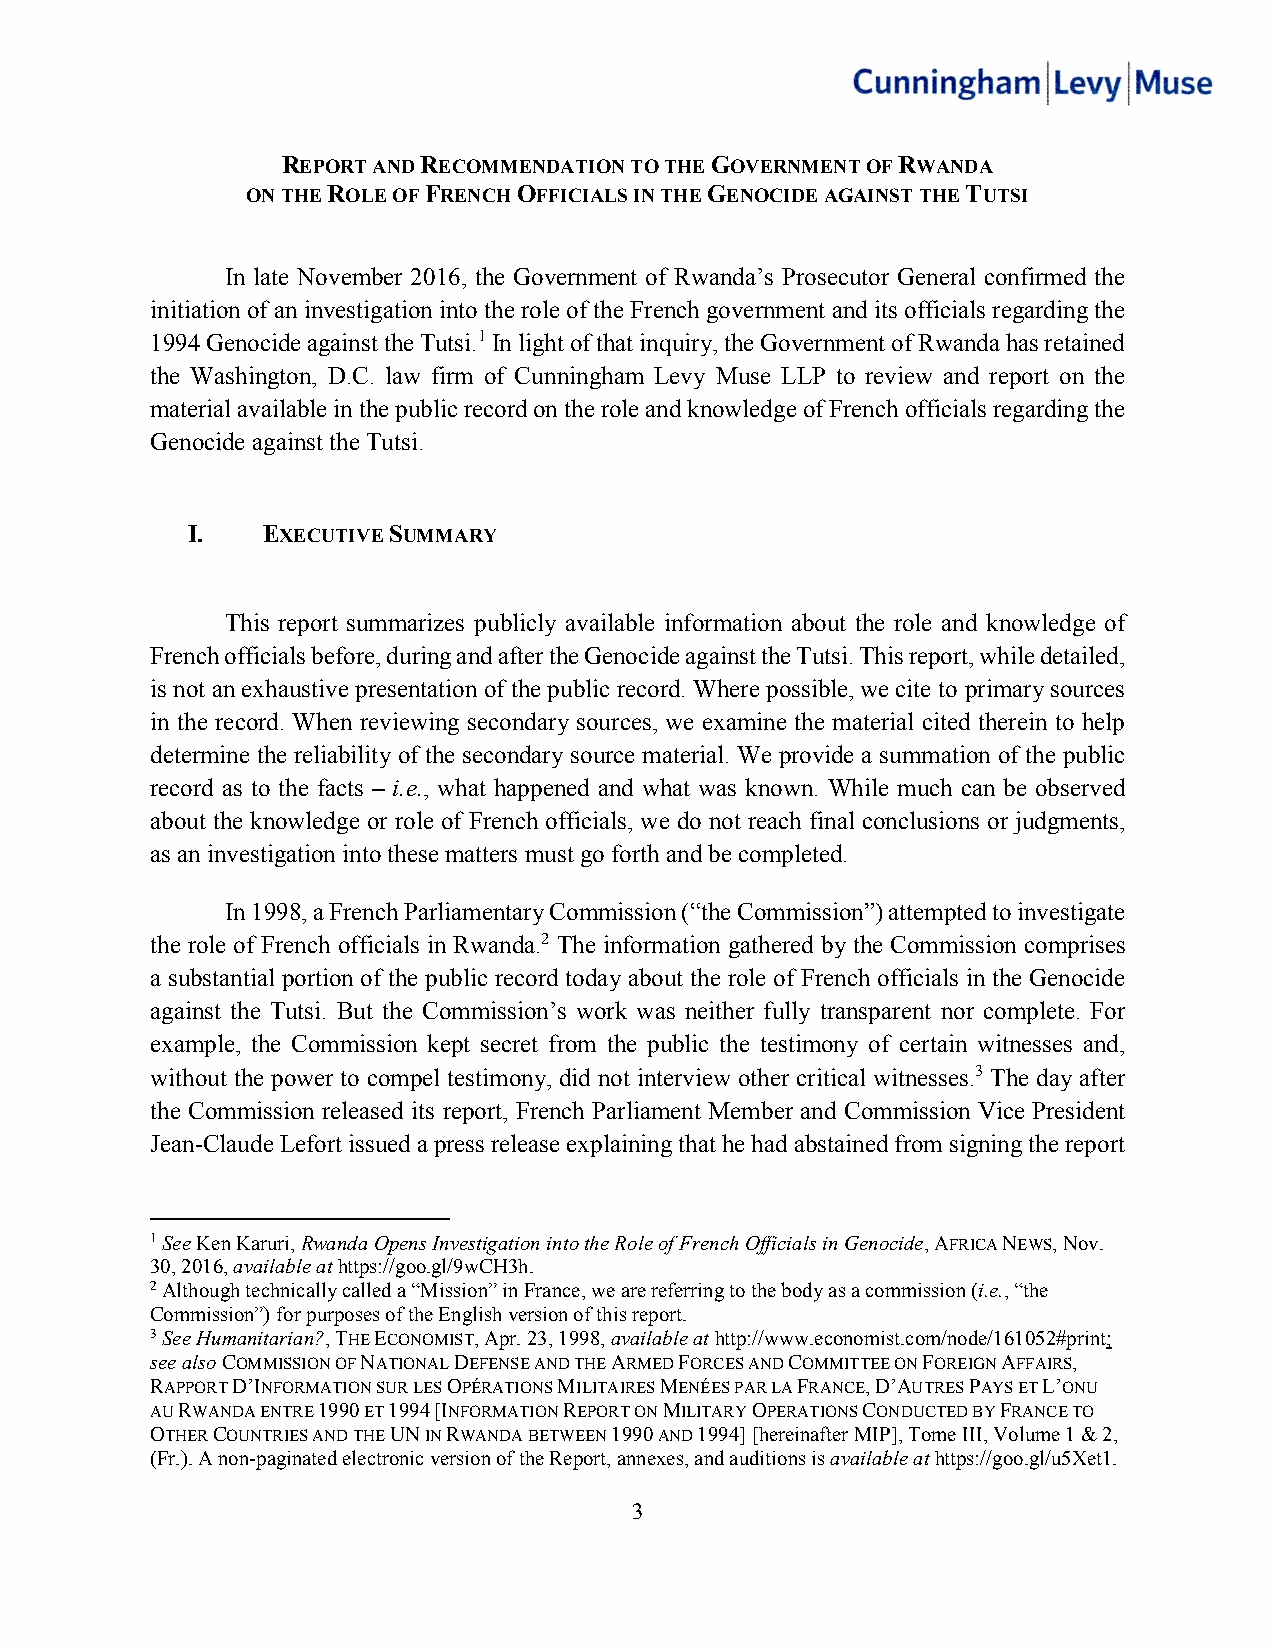
REPORT AND RECOMMENDATION TO THE GOVERNMENT OF RWANDA
 ON THE ROLE OF FRENCH OFFICIALS IN THE GENOCIDE AGAINST THE TUTSI
 In late November 2016, the Government of Rwanda’s Prosecutor General confirmed the
 initiation of an investigation into the role of the French government and its officials regarding the
 1994 Genocide against the Tutsi.1 In light of that inquiry, the Government of Rwanda has retained
 the Washington, D.C. law firm of Cunningham Levy Muse LLP to review and report on the
 material available in the public record on the role and knowledge of French officials regarding the
 Genocide against the Tutsi.
 I.   EXECUTIVE SUMMARY
 This report summarizes publicly available information about the role and knowledge of
 French officials before, during and after the Genocide against the Tutsi. This report, while detailed,
 is not an exhaustive presentation of the public record. Where possible, we cite to primary sources
 in the record. When reviewing secondary sources, we examine the material cited therein to help
 determine the reliability of the secondary source material. We provide a summation of the public
 record as to the facts – i.e., what happened and what was known. While much can be observed
 about the knowledge or role of French officials, we do not reach final conclusions or judgments,
 as an investigation into these matters must go forth and be completed.
 In 1998, a French Parliamentary Commission (“the Commission”) attempted to investigate
 the role of French officials in Rwanda.2 The information gathered by the Commission comprises
 a substantial portion of the public record today about the role of French officials in the Genocide
 against the Tutsi. But the Commission’s work was neither fully transparent nor complete. For
 example, the Commission kept secret from the public the testimony of certain witnesses and,
 without the power to compel testimony, did not interview other critical witnesses.3 The day after
 the Commission released its report, French Parliament Member and Commission Vice President
 Jean-Claude Lefort issued a press release explaining that he had abstained from signing the report
 1 See Ken Karuri, Rwanda Opens Investigation into the Role of French Officials in Genocide, AFRICA NEWS, Nov.
 30, 2016, available at https://goo.gl/9wCH3h.
 2 Although technically called a “Mission” in France, we are referring to the body as a commission (i.e., “the
 Commission”) for purposes of the English version of this report.
 3 See Humanitarian?, THE ECONOMIST, Apr. 23, 1998, available at http://www.economist.com/node/161052#print;
 see also COMMISSION OF NATIONAL DEFENSE AND THE ARMED FORCES AND COMMITTEE ON FOREIGN AFFAIRS,
 RAPPORT D’INFORMATION SUR LES OPÉRATIONS MILITAIRES MENÉES PAR LA FRANCE, D’AUTRES PAYS ET L’ONU
 AU RWANDA ENTRE 1990 ET 1994 [INFORMATION REPORT ON MILITARY OPERATIONS CONDUCTED BY FRANCE TO
 OTHER COUNTRIES AND THE UN IN RWANDA BETWEEN 1990 AND 1994] [hereinafter MIP], Tome III, Volume 1 & 2,
 (Fr.). A non-paginated electronic version of the Report, annexes, and auditions is available at https://goo.gl/u5Xet1.
 3